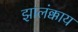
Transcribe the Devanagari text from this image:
झालंक्काय